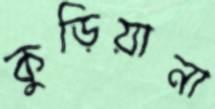
কুড়িয়ানা